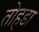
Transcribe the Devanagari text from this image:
तोहडा